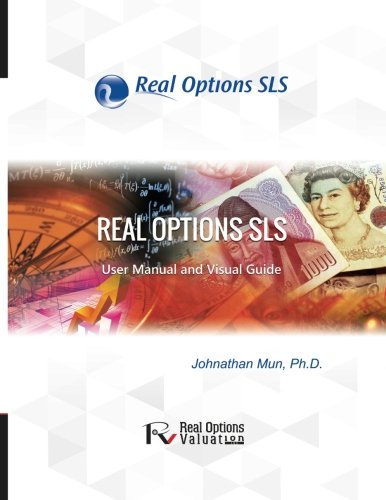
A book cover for Real Options SLS User Manual; Dr. Johnathan Mun; Business & Money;